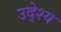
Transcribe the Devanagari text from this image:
उदे्श्य